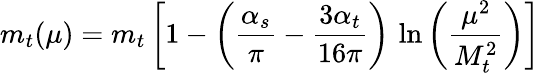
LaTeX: m_{t}(\mu)=m_{t}\left[1-\left({\frac{\alpha_{s}}{\pi}}-{\frac{3\alpha_{t}}{16\pi}}\right)\, \ln\left({\frac{\mu^{2}}{M_{t}^{2}}}\right)\right]